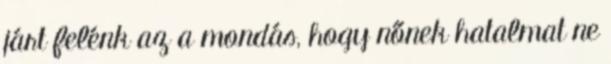
járt felénk az a mondás, hogy nőnek hatalmat ne